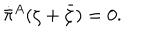
LaTeX: \dot { \bar { \pi } } { } ^ { A } ( \zeta + \bar { \zeta } ) = 0 .